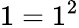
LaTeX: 1=1^{2}